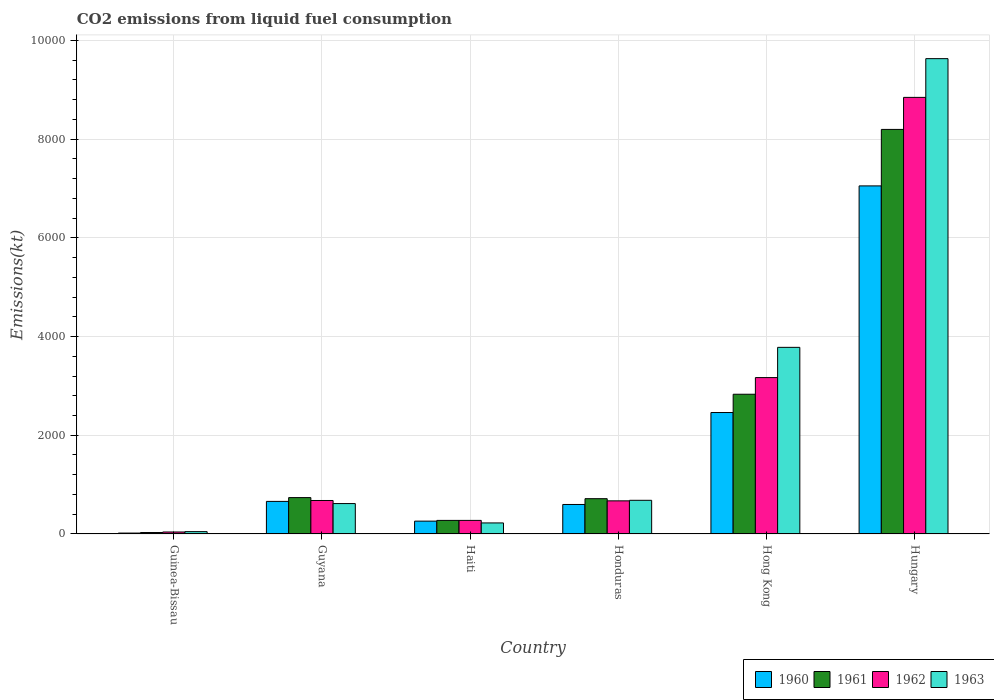
| Country | 1960 | 1961 | 1962 | 1963 |
 | --- | --- | --- | --- | --- |
 | Guinea-Bissau | 18.3 | 29.3 | 40.3 | 47.7 |
 | Guyana | 660 | 737 | 678 | 616 |
 | Haiti | 260 | 275 | 275 | 224 |
 | Honduras | 598 | 715 | 671 | 682 |
 | Hong Kong | 2.46e+03 | 2.83e+03 | 3.17e+03 | 3.78e+03 |
 | Hungary | 7.05e+03 | 8.2e+03 | 8.84e+03 | 9.63e+03 |